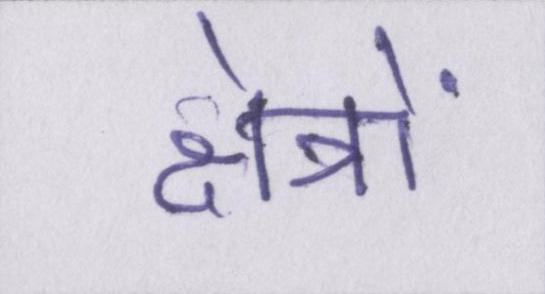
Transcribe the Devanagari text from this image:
क्षेत्रों